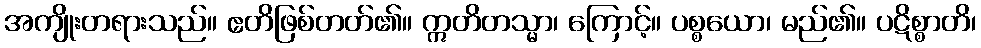
အကျိုးတရားသည်။ ဧတိဖြစ်တတ်၏။ ဣတိတသ္မာ၊ ကြောင့်။ ပစ္စယော၊ မည်၏။ ပဋိစ္စာတိ၊